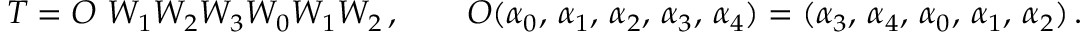
T = { \cal O } ~ W _ { 1 } W _ { 2 } W _ { 3 } W _ { 0 } W _ { 1 } W _ { 2 } \, , \qquad { \cal O } ( \alpha _ { 0 } , \, \alpha _ { 1 } , \, \alpha _ { 2 } , \, \alpha _ { 3 } , \, \alpha _ { 4 } ) = ( \alpha _ { 3 } , \, \alpha _ { 4 } , \, \alpha _ { 0 } , \, \alpha _ { 1 } , \, \alpha _ { 2 } ) \, .